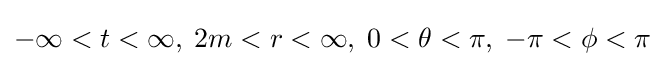
-\infty <t<\infty ,\;2m<r<\infty ,\;0<\theta <\pi ,\;-\pi <\phi <\pi